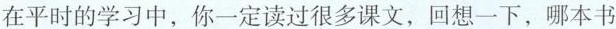
在平时的学习中，你一定读过很多课文，回想一下，哪本书